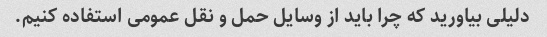
دلیلی بیاورید که چرا باید از وسایل حمل و نقل عمومی استفاده کنیم.